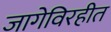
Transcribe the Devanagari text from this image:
जागेविरहीत